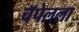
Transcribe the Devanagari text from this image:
चॅपेलला